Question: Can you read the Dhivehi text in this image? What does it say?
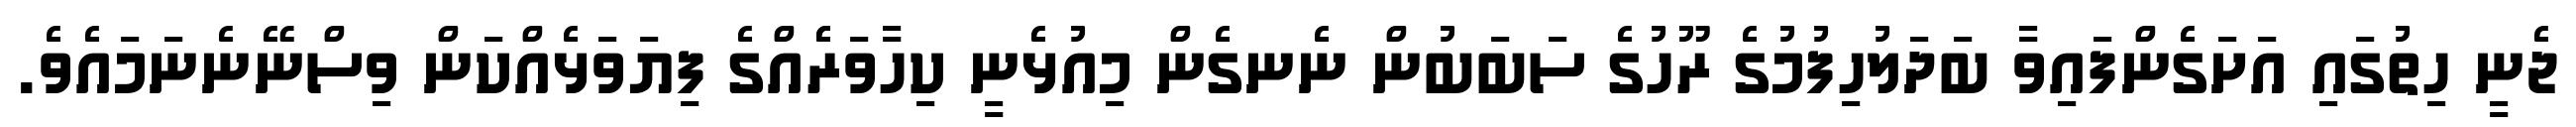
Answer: ޖެނީ ހިތުގައި އަށަގެންފައިވާ ބަދަލުހިފުމުގެ ރޫހުގެ ސަބަބުން ނެނގެން މިއުޅެނީ ކިހާވަރެެއްގެ ފިޔަވަޅެއްކަން ވިސްނޭނެނަމައެވެ.